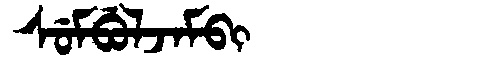
Manchu: ᠰᡠᠮᠪᡠᠯᠵᠠᠮᠪᡳ
Romanization: SUMBULJAMBI